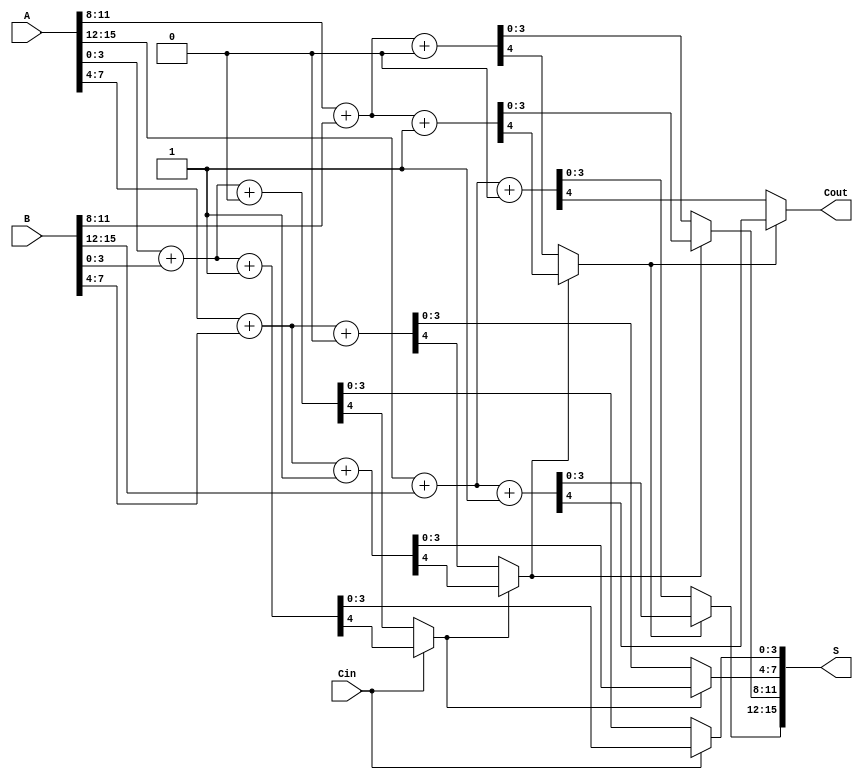
module CarrySelectAdder #(parameter N = 16, // Total bit width
                          parameter K = 4)  // Block size
(
    input  [N-1:0] A,      // First operand
    input  [N-1:0] B,      // Second operand
    input  Cin,            // Carry-in
    output [N-1:0] S,      // Sum output
    output Cout            // Carry-out
);

    localparam NUM_BLOCKS = N / K; // Number of blocks
    wire [K-1:0] S0 [0:NUM_BLOCKS-1]; // Sums with Cin = 0
    wire [K-1:0] S1 [0:NUM_BLOCKS-1]; // Sums with Cin = 1
    wire Cout0 [0:NUM_BLOCKS-1];      // Carry-out with Cin = 0
    wire Cout1 [0:NUM_BLOCKS-1];      // Carry-out with Cin = 1
    wire [NUM_BLOCKS-1:0] carry;      // Carry for each block

    // Generate the blocks
    genvar i;
    generate
        for (i = 0; i < NUM_BLOCKS; i = i + 1) begin : block
            // Calculate sums and carries for Cin = 0
            assign {Cout0[i], S0[i]} = A[i*K +: K] + B[i*K +: K] + 1'b0;
            // Calculate sums and carries for Cin = 1
            assign {Cout1[i], S1[i]} = A[i*K +: K] + B[i*K +: K] + 1'b1;
        end
    endgenerate

    // Select the correct sum and carry based on the carry-in
    wire [K-1:0] selected_sum [0:NUM_BLOCKS-1];
    wire selected_carry;

    assign selected_sum[0] = (Cin) ? S1[0] : S0[0];
    assign carry[0] = (Cin) ? Cout1[0] : Cout0[0];

    generate
        for (i = 1; i < NUM_BLOCKS; i = i + 1) begin : carry_select
            assign selected_sum[i] = (carry[i-1]) ? S1[i] : S0[i];
            assign carry[i] = (carry[i-1]) ? Cout1[i] : Cout0[i];
        end
    endgenerate

    // Final outputs
    assign S = {selected_sum[NUM_BLOCKS-1], selected_sum[NUM_BLOCKS-2], selected_sum[NUM_BLOCKS-3], selected_sum[NUM_BLOCKS-4]};
    assign Cout = carry[NUM_BLOCKS-1];

endmodule